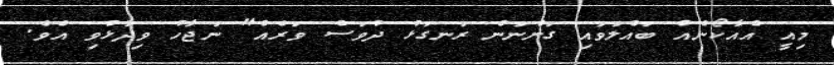
މިއީ އެއާކޯނެއް ބައްލަވައި ގަންނަން ރަނގަޅު ދުވަސް ވަރެއް" ނަޖާހު ވިދާޅުވި އެވެ.